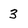
Character: 3